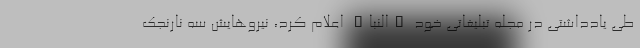
طی یادداشتی در مجله تبلیغاتی خود "النبا" اعلام کرد، نیروهایش سه نارنجک